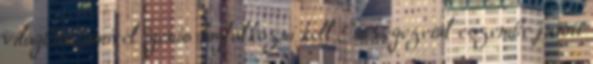
világban, amivel igenis foglalkozni kell És végezetül eszembe jutott